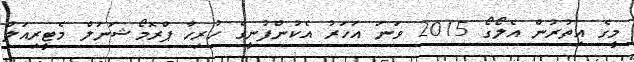
މީގެ އިތުރުން އެލޯގޯ 2015 ވަނަ އަހަރު އެކުންފުނީގެ ހުރިހާ ޕްރޮމޯޝަނަލް މެޓީރިއަލް